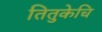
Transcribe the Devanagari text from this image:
तितुकेचि